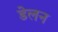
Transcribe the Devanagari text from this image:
डेलन